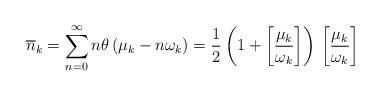
LaTeX: \begin{align*}\overline{n}_{k}=\sum_{n=0}^{\infty }n\theta \left( \mu _{k}-n\omega _{k}\right) =\frac{1}{2}\left( 1+\left[ \frac{\mu _{k}}{\omega _{k}}\right] \right) \,\left[ \frac{\mu _{k}}{\omega _{k}}\right] \,\end{align*}